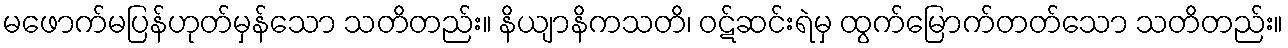
မဖောက်မပြန်ဟုတ်မှန်သော သတိတည်း။ နိယျာနိကသတိ၊ ဝဋ်ဆင်းရဲမှ ထွက်မြောက်တတ်သော သတိတည်း။